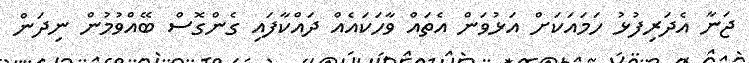
ޖަނާ އެދަރިފުޅު ހަމައަކަށް އަޅުވަން އެތައް ވާހަކައެއް ދައްކާފައި ގެންގޮސް ބޭއްވުމުން ނިދަން